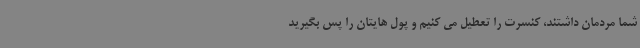
شما مردمان داشتند، کنسرت را تعطیل می کنیم و پول هایتان را پس بگیرید